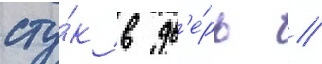
сту́к в дв'е́рь /